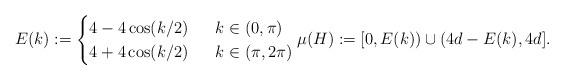
LaTeX: \begin{align*} E(k) := \begin{cases} 4-4\cos(k/2) & \ \ k \in (0,\pi) \\ 4+4\cos(k/2) & \ \ k \in (\pi,2\pi) \end{cases} \mu(H) := [0,E(k)) \cup (4d-E(k),4d]. \end{align*}